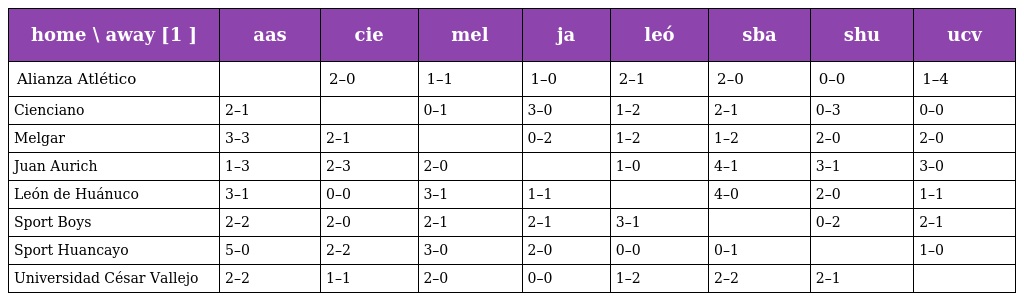
| home \ away [1 ] | aas | cie | mel | ja | leó | sba | shu | ucv |
 | --- | --- | --- | --- | --- | --- | --- | --- | --- |
 | Alianza Atlético |  | 2–0 | 1–1 | 1–0 | 2–1 | 2–0 | 0–0 | 1–4 |
 | Cienciano | 2–1 |  | 0–1 | 3–0 | 1–2 | 2–1 | 0–3 | 0–0 |
 | Melgar | 3–3 | 2–1 |  | 0–2 | 1–2 | 1–2 | 2–0 | 2–0 |
 | Juan Aurich | 1–3 | 2–3 | 2–0 |  | 1–0 | 4–1 | 3–1 | 3–0 |
 | León de Huánuco | 3–1 | 0–0 | 3–1 | 1–1 |  | 4–0 | 2–0 | 1–1 |
 | Sport Boys | 2–2 | 2–0 | 2–1 | 2–1 | 3–1 |  | 0–2 | 2–1 |
 | Sport Huancayo | 5–0 | 2–2 | 3–0 | 2–0 | 0–0 | 0–1 |  | 1–0 |
 | Universidad César Vallejo | 2–2 | 1–1 | 2–0 | 0–0 | 1–2 | 2–2 | 2–1 |  |